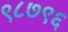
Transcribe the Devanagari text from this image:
९८७९६